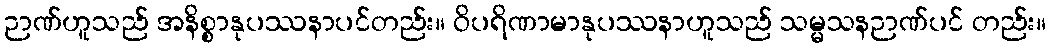
ဉာဏ်ဟူသည် အနိစ္စာနုပဿနာပင်တည်း။ ဝိပရိဏာမာနုပဿနာဟူသည် သမ္မသနဉာဏ်ပင် တည်း။